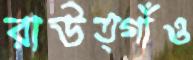
রাউত্গাঁও